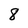
Character: 8